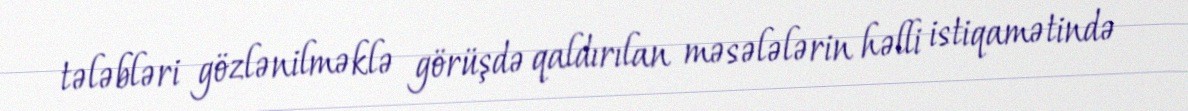
tələbləri gözlənilməklə görüşdə qaldırılan məsələlərin həlli istiqamətində